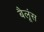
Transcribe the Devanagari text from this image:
बैलूंस